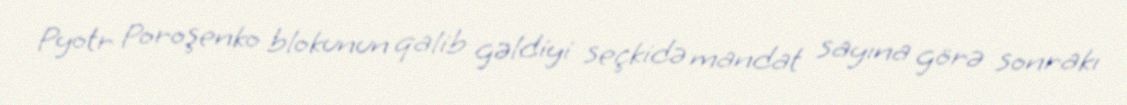
Pyotr Poroşenko blokunun qalib gəldiyi seçkidə mandat sayına görə sonrakı